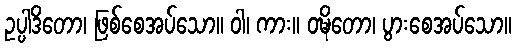
ဥပ္ပါဒိတော၊ ဖြစ်စေအပ်သော။ ဝါ၊ ကား။ ဝဍ္ဎိတော၊ ပွားစေအပ်သော။